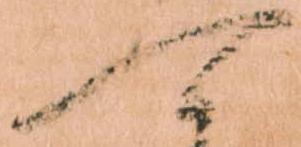
可